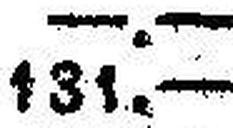
131.—